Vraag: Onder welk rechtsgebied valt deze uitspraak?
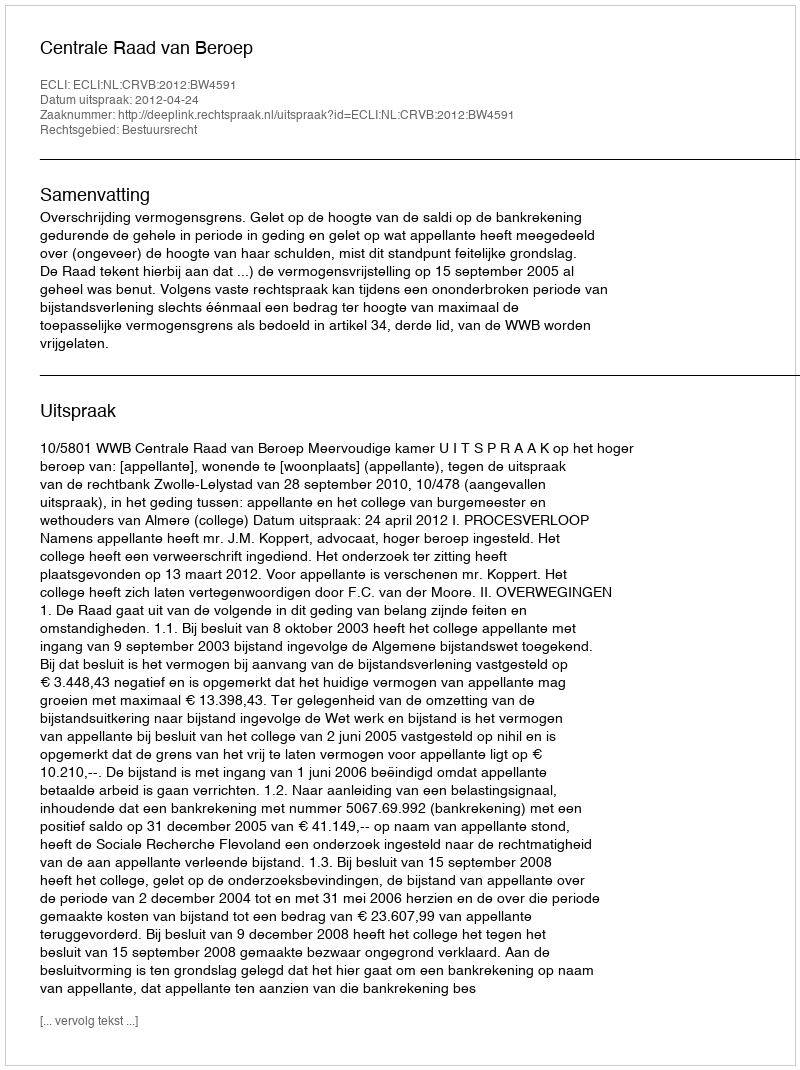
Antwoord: Bestuursrecht